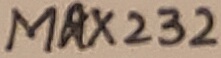
Text: MAX232